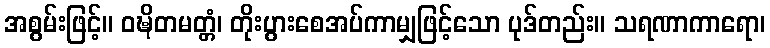
အစွမ်းဖြင့်။ ဝဍ္ဎိတမတ္တံ၊ တိုးပွားစေအပ်ကာမျှဖြင့်သော ပုဒ်တည်း။ သရဏာကာရော၊